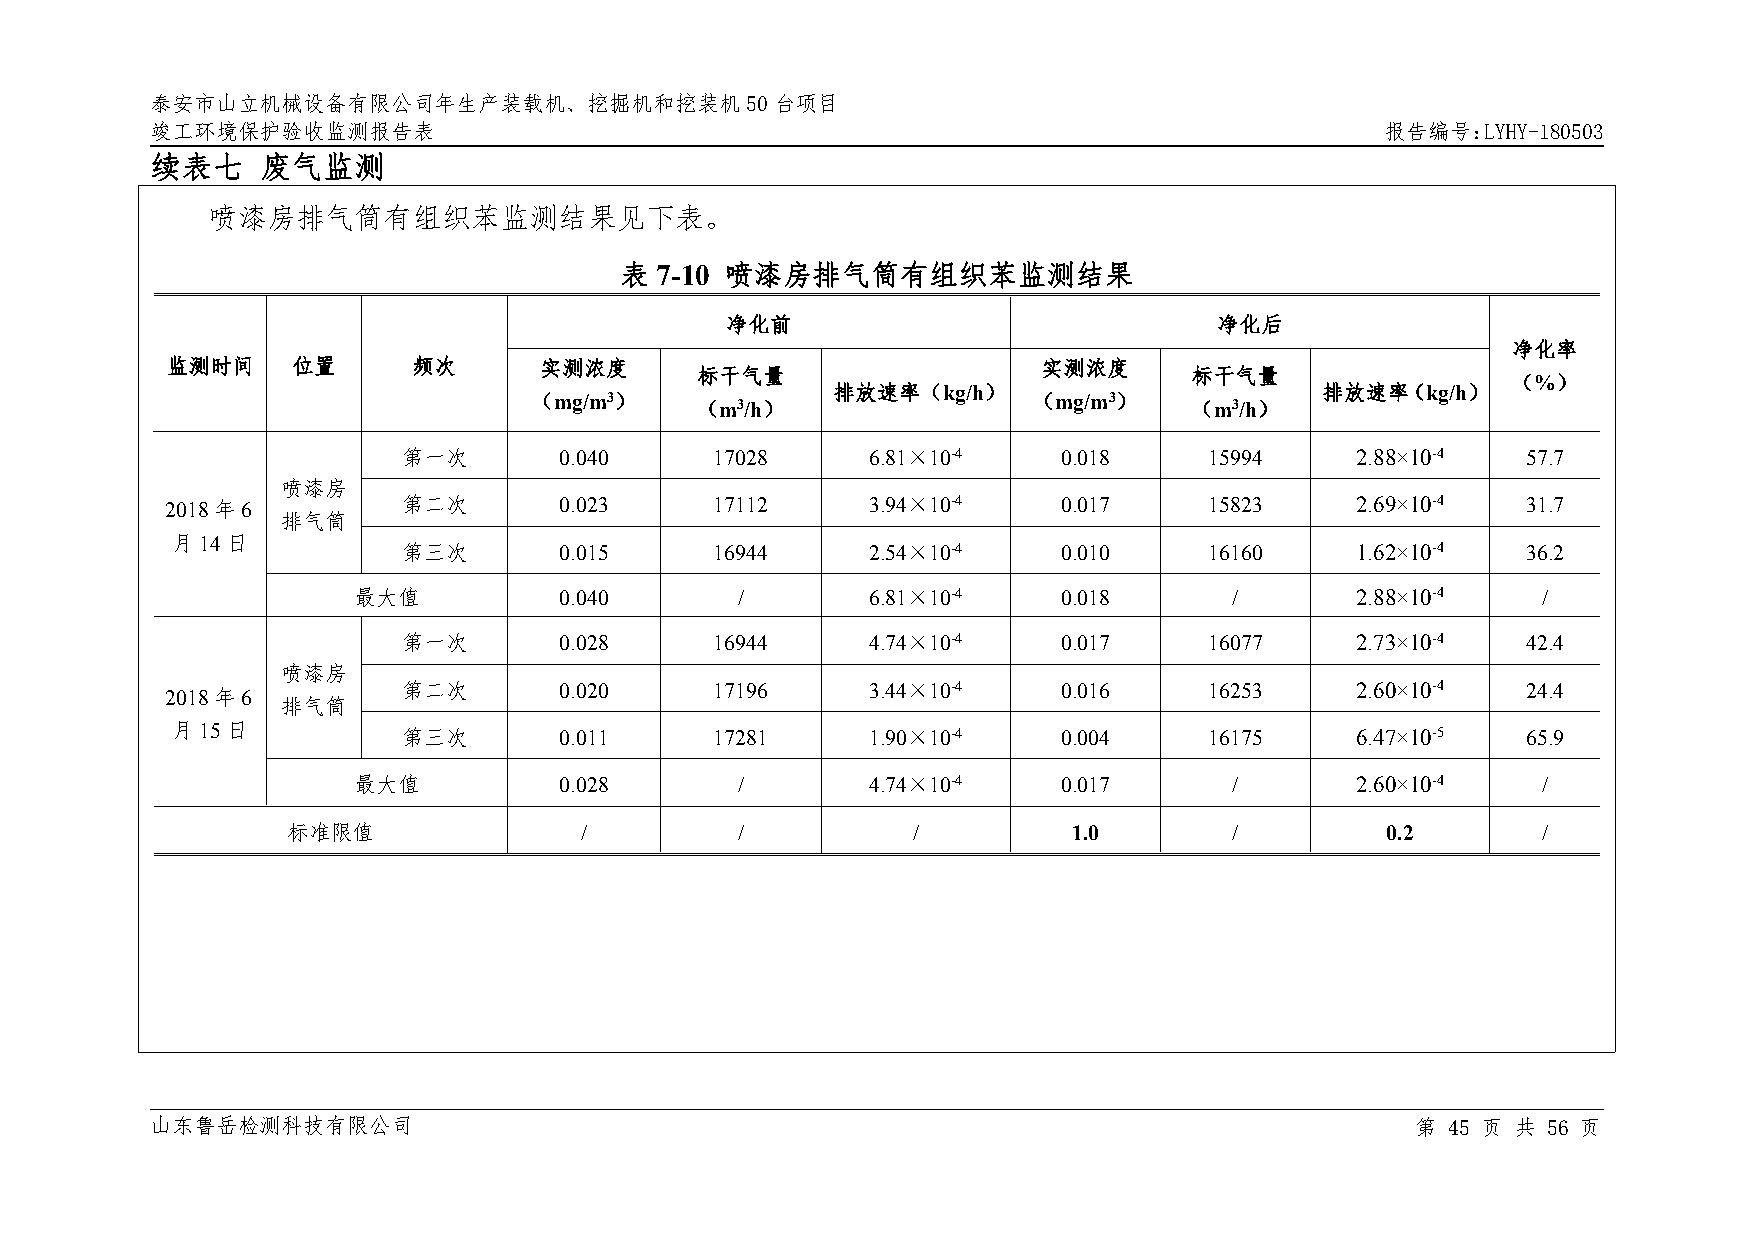
泰安市山立机械设备有限公司年生产装载机、挖掘机和挖装机50台项目
 竣工环境保护验收监测报告表                                                                     报告编号：LYHY-180503
 续表七    废气监测
 喷漆房排气筒有组织苯监测结果见下表。
 表 7-10 喷漆房排气筒有组织苯监测结果
 净化前                              净化后
 净化率
 监测时间    位置      频次       实测浓度                             实测浓度
 标干气量                             标干气量
 （%）
 （mg/m3）
 （m3/h）
 排放速率（kg/h）
 （mg/m3）
 （m3/h）
 排放速率（kg/h）
 第一次       0.040     17028      6.81×10-4   0.018     15994     2.88×10-4  57.7
 喷漆房
 2018年6          第二次       0.023     17112      3.94×10-4   0.017     15823     2.69×10-4  31.7
 排气筒
 月14日
 第三次       0.015     16944      2.54×10-4   0.010     16160     1.62×10-4  36.2
 最大值           0.040       /        6.81×10-4   0.018       /       2.88×10-4   /
 第一次       0.028     16944      4.74×10-4   0.017     16077     2.73×10-4  42.4
 喷漆房
 2018年6          第二次       0.020     17196      3.44×10-4   0.016     16253     2.60×10-4  24.4
 排气筒
 月15日
 第三次       0.011     17281      1.90×10-4   0.004     16175     6.47×10-5  65.9
 最大值           0.028       /        4.74×10-4   0.017       /       2.60×10-4   /
 标准限值               /          /          /          1.0        /         0.2       /
 山东鲁岳检测科技有限公司                                                                        第 45 页 共 56 页